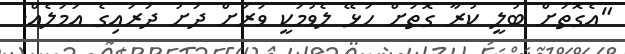
"އެގޮތަށް ބުލީ ކުރާ ގޮތަށް ހަޅޭ ލެވުމަކީ ވަރަށް ދަށު ދަރައިގެ އަމަލެއް.